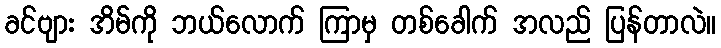
ခင်ဗျား အိမ်ကို ဘယ်လောက် ကြာမှ တစ်ခေါက် အလည် ပြန်တာလဲ။